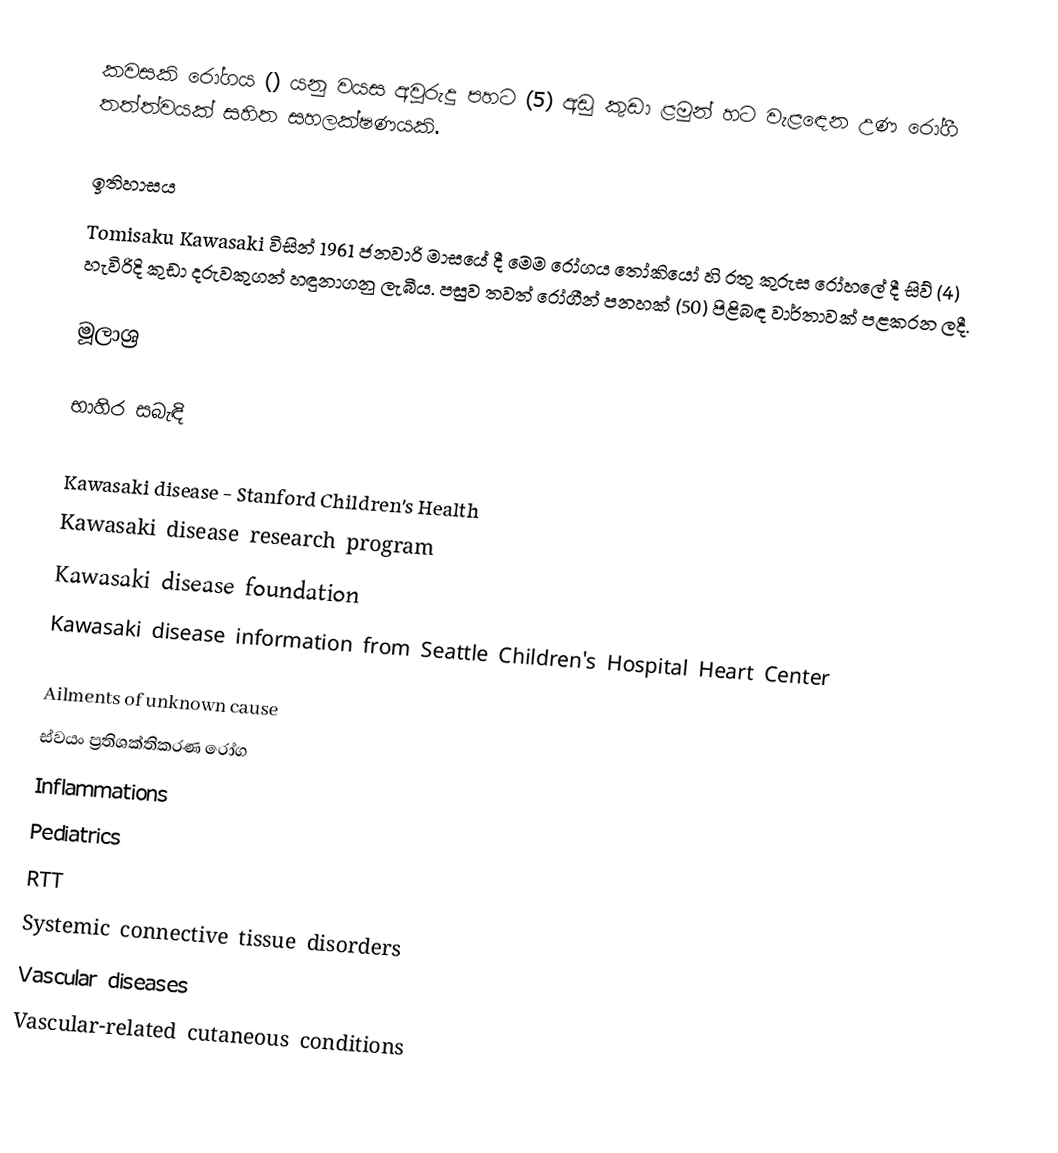
කවසකි රෝගය () යනු වයස අවුරුදු පහට (5) අඩු කුඩා ළමුන් හට වැළඳෙන උණ රෝගී තත්ත්වයක් සහිත සහලක්ෂණයකි.

ඉතිහාසය
Tomisaku Kawasaki විසින් 1961 ජනවාරි මාසයේ දී මෙම රෝගය තෝකියෝ හි රතු කුරුස රෝහලේ දී සිව් (4) හැවිරිදි කුඩා දරුවකුගන් හඳුනාගනු ලැබීය. පසුව තවත් රෝගීන් පනහක් (50) පිළිබඳ වාර්තාවක් පළකරන ලදී.

මූලාශ්‍ර

භාහිර සබැඳි

 Kawasaki disease - Stanford Children's Health
 Kawasaki disease research program
 Kawasaki disease foundation
 Kawasaki disease information from Seattle Children's Hospital Heart Center

Ailments of unknown cause
ස්වයං ප්‍රතිශක්තිකරණ රෝග
Inflammations
Pediatrics
RTT
Systemic connective tissue disorders
Vascular diseases
Vascular-related cutaneous conditions